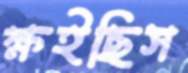
ক্ষইছিস